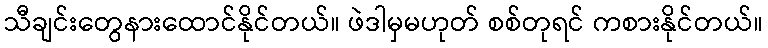
သီချင်းတွေနားထောင်နိုင်တယ်။ ဖဲဒါမှမဟုတ် စစ်တုရင် ကစားနိုင်တယ်။